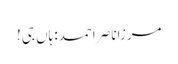
مرزاناصر احمد: ہاں جی!